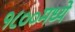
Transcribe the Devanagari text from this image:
१८००मध्ये